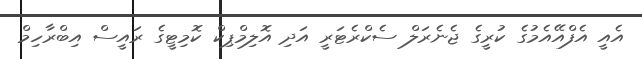
އެއީ އެފްއޭއެމުގެ ކުރީގެ ޖެނެރަލް ސެކްރެޓަރީ އަދި އޮލިމްޕިކް ކޮމިޓީގެ ރައީސް އިބްރާހިމް